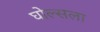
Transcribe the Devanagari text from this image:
घोल्सला